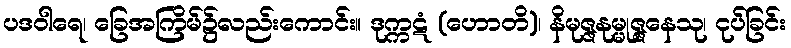
ပဒဝါရေ၊ ခြေအကြိမ်၌လည်းကောင်း။ ဒုက္ကဋံ (ဟောတိ)၊ နိမုဇ္ဇနုမ္မုဇ္ဇနေသု၊ ငုပ်ခြင်း